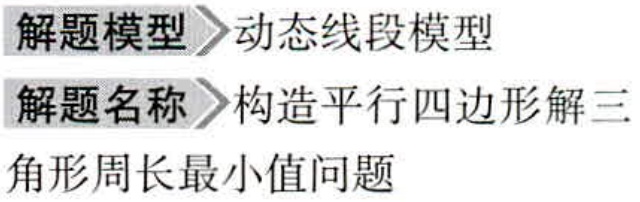
解题模型> 动态线段模型
解题名称> 构造平行四边形解三
角形周长最小值问题